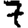
Digit: 7